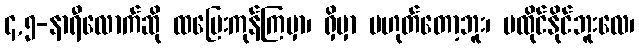
၄,၅-နာရီလောက်ဆို ထပြေးကုန်ကြမှာ၊ ရှိမှာ မဟုတ်တော့ဘူး၊ မထိုင်နိုင်ဘူးလေ၊